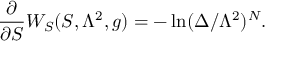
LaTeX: { \frac { \partial } { \partial S } } W _ { S } ( S , \Lambda ^ { 2 } , g ) = - \ln ( \Delta / \Lambda ^ { 2 } ) ^ { N } .